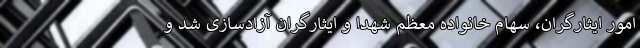
امور ایثارگران، سهام خانواده معظم شهدا و ایثارگران آزادسازی شد و